Vaccination in the Punjab 1905-1918 - 1905-1918
Year: 1905
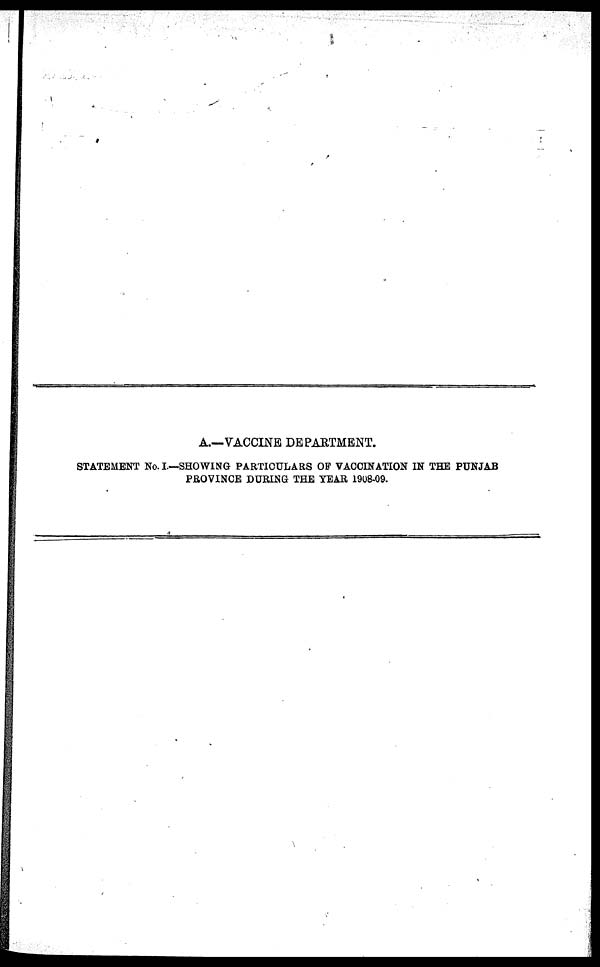
A.—VACCINE DEPARTMENT.
STATEMENT No. I.—SHOWING PARTICULARS OF VACCINATION IN THE PUNJAB
PROVINCE DURING THE YEAR 1908-09.